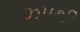
ઝપથી